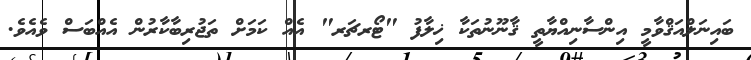
ބައިނަލްއަޤްވާމީ އިންސާނިއްޔާތީ ޤާނޫނުތަކާ ޚިލާފު "ޓޯރޗަރ" އެއް ކަމަށް ތަޖުރިބާކާރުން އެއްބަސް ވެއެވެ.